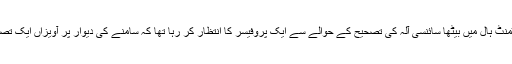
میں جی سی یونیورسٹی کے کیمسٹری ڈیپارٹمنٹ ہال میں بیٹھا سائنسی آلہ کی تصحیح کے حوالے سے ایک پروفیسر کا انتظار کر رہا تھا کہ سامنے کی دیوار پر آویزاں ایک تصویر نے میری نظروں کو اپنی طرف کھینچا۔